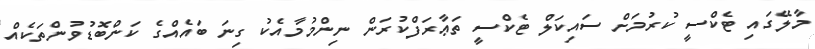
މާލޭގައި ޓެކްސީ ކުރުމަށް ސައިކަލް ޓެކްސީ ތަޢާރަފްކުރަން ނިންމުމާއެކު ގިނަ ބައެއްގެ ކަންބޮޑުވުންތަކެއް